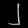
Digit: ၂